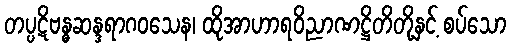
တပ္ပဋိဗန္ဓဆန္ဒရာဂဝသေန၊ ထိုအာဟာရဝိညာဏဋ္ဌိတိတို့နှင့် စပ်သော